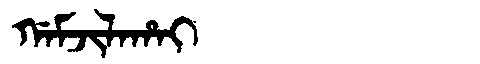
Manchu: ᡤᠠᠮᠵᡳᠯᠠᡥᠠᡳ
Romanization: GAMJILAHAI